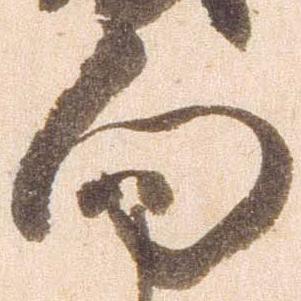
向